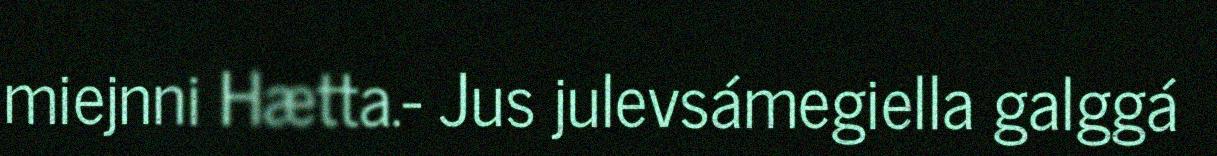
miejnni Hætta.- Jus julevsámegiella galggá